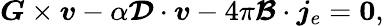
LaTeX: \boldsymbol{G}\times\boldsymbol{v}-\alpha\boldsymbol{{\mathcal{D}}}\cdot\boldsymbol{v}-4\pi\boldsymbol{{\mathcal{B}}}\cdot\boldsymbol{j}_{e}=\boldsymbol{0},